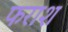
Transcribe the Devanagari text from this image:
फराश